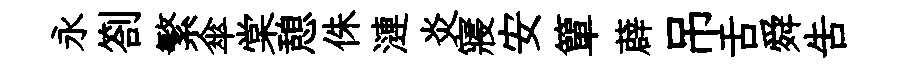
永劄繁傘棠憩侏漣炎寢安簞薜吊舌舜吿